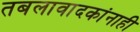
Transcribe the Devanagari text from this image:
तबलावादकांनाही